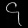
Digit: ၄